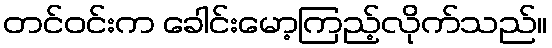
တင်ဝင်းက ခေါင်းမော့ကြည့်လိုက်သည်။